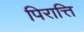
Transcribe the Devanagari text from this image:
पिरात्ति